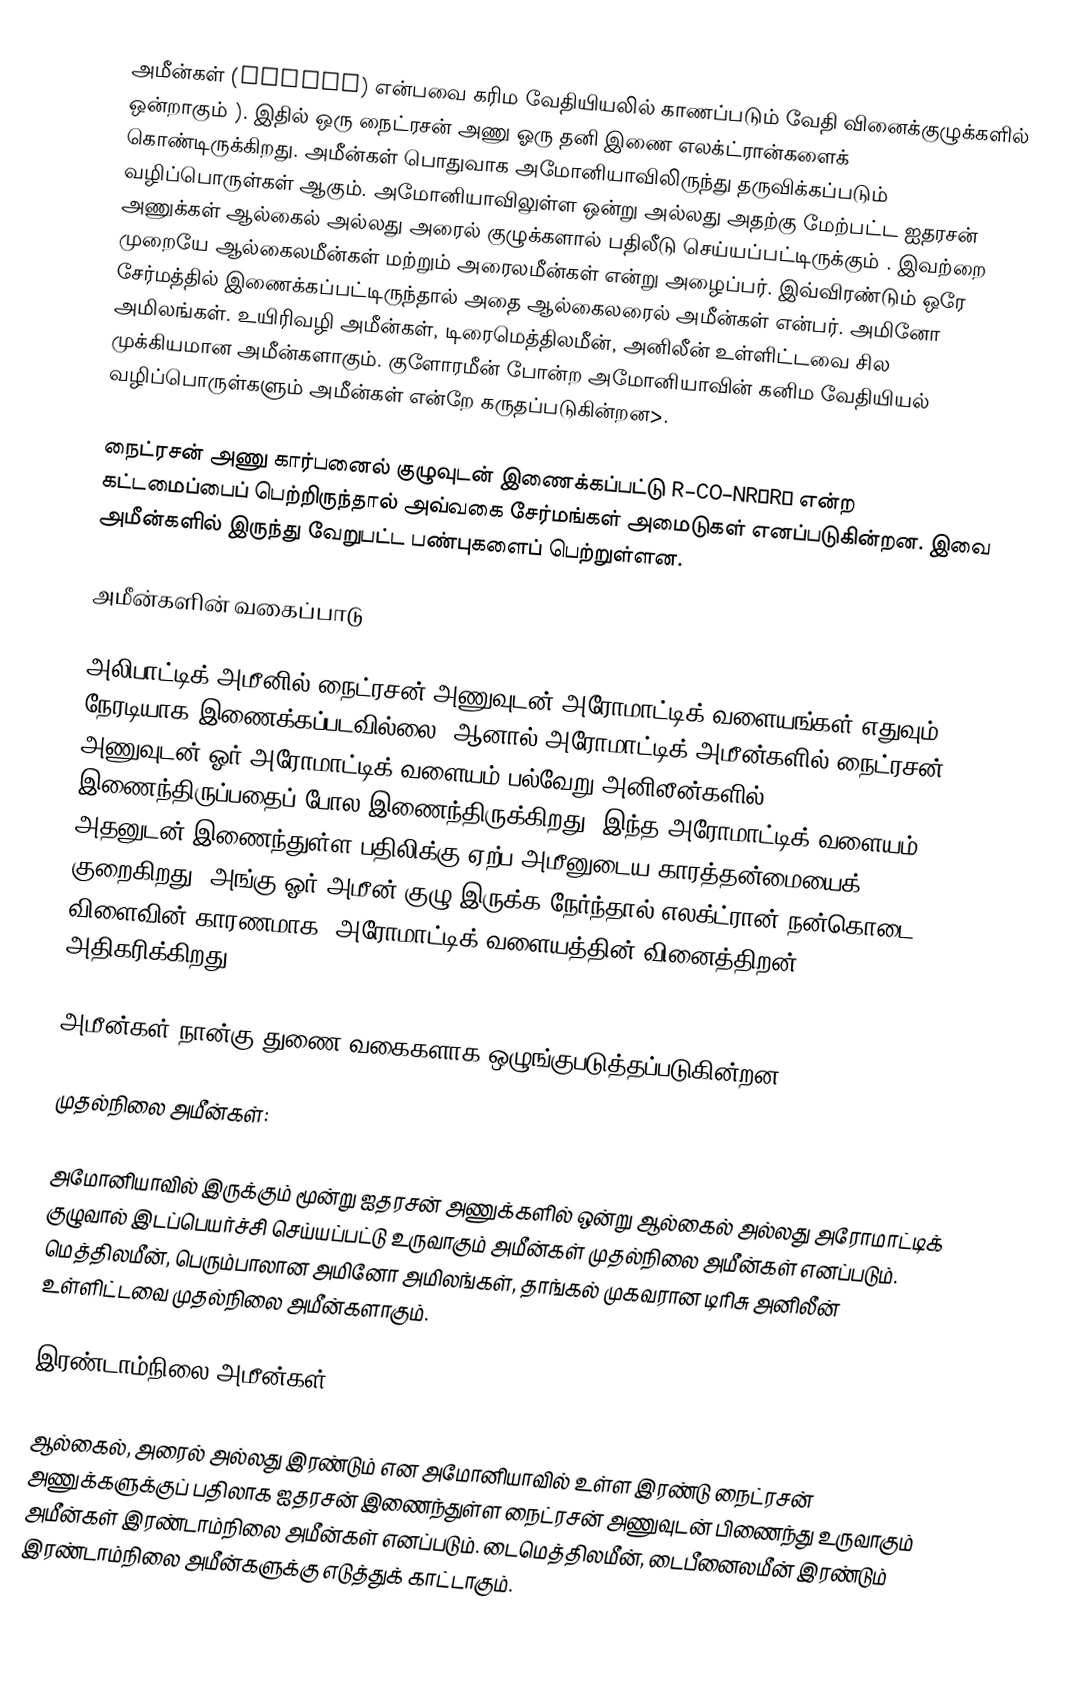
அமீன்கள் (Amines) என்பவை கரிம வேதியியலில் காணப்படும் வேதி வினைக்குழுக்களில் ஒன்றாகும்  ). இதில் ஒரு நைட்ரசன் அணு ஓரு தனி இணை எலக்ட்ரான்களைக் கொண்டிருக்கிறது. அமீன்கள் பொதுவாக அமோனியாவிலிருந்து தருவிக்கப்படும் வழிப்பொருள்கள் ஆகும். அமோனியாவிலுள்ள ஒன்று அல்லது அதற்கு மேற்பட்ட ஐதரசன் அணுக்கள் ஆல்கைல் அல்லது அரைல் குழுக்களால் பதிலீடு செய்யப்பட்டிருக்கும் . இவற்றை முறையே ஆல்கைலமீன்கள் மற்றும் அரைலமீன்கள் என்று அழைப்பர். இவ்விரண்டும் ஒரே சேர்மத்தில் இணைக்கப்பட்டிருந்தால் அதை ஆல்கைலரைல் அமீன்கள் என்பர். அமினோ அமிலங்கள். உயிரிவழி அமீன்கள், டிரைமெத்திலமீன், அனிலீன் உள்ளிட்டவை சில முக்கியமான அமீன்களாகும். குளோரமீன் போன்ற அமோனியாவின் கனிம வேதியியல் வழிப்பொருள்களும் அமீன்கள் என்றே கருதப்படுகின்றன>.

நைட்ரசன் அணு கார்பனைல் குழுவுடன் இணைக்கப்பட்டு R–CO–NR′R″ என்ற கட்டமைப்பைப் பெற்றிருந்தால் அவ்வகை சேர்மங்கள் அமைடுகள் எனப்படுகின்றன. இவை அமீன்களில் இருந்து வேறுபட்ட பண்புகளைப் பெற்றுள்ளன.

அமீன்களின் வகைப்பாடு

அலிபாட்டிக் அமீனில் நைட்ரசன் அணுவுடன் அரோமாட்டிக் வளையங்கள் எதுவும் நேரடியாக இணைக்கப்படவில்லை. ஆனால் அரோமாட்டிக் அமீன்களில் நைட்ரசன் அணுவுடன் ஓர் அரோமாட்டிக் வளையம் பல்வேறு அனிலீன்களில் இணைந்திருப்பதைப் போல இணைந்திருக்கிறது. இந்த அரோமாட்டிக் வளையம் அதனுடன்  இணைந்துள்ள பதிலிக்கு ஏற்ப அமீனுடைய காரத்தன்மையைக் குறைகிறது. அங்கு ஓர் அமீன் குழு இருக்க நேர்ந்தால் எலக்ட்ரான்-நன்கொடை விளைவின் காரணமாக, அரோமாட்டிக் வளையத்தின் வினைத்திறன் அதிகரிக்கிறது.

அமீன்கள் நான்கு துணை வகைகளாக ஒழுங்குபடுத்தப்படுகின்றன.

முதல்நிலை அமீன்கள்:

அமோனியாவில் இருக்கும் மூன்று ஐதரசன் அணுக்களில் ஒன்று ஆல்கைல் அல்லது அரோமாட்டிக் குழுவால் இடப்பெயர்ச்சி செய்யப்பட்டு உருவாகும் அமீன்கள் முதல்நிலை அமீன்கள் எனப்படும். மெத்திலமீன், பெரும்பாலான அமினோ அமிலங்கள், தாங்கல் முகவரான டிரிசு அனிலீன் உள்ளிட்டவை முதல்நிலை அமீன்களாகும்.

இரண்டாம்நிலை அமீன்கள் :

ஆல்கைல், அரைல் அல்லது இரண்டும் என அமோனியாவில் உள்ள இரண்டு நைட்ரசன் அணுக்களுக்குப் பதிலாக ஐதரசன் இணைந்துள்ள நைட்ரசன் அணுவுடன் பிணைந்து உருவாகும் அமீன்கள் இரண்டாம்நிலை அமீன்கள் எனப்படும். டைமெத்திலமீன், டைபீனைலமீன் இரண்டும் இரண்டாம்நிலை அமீன்களுக்கு எடுத்துக் காட்டாகும்.